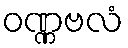
ဝဏ္ဏဗလံ